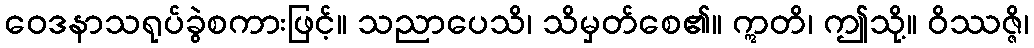
ဝေဒနာသရုပ်ခွဲစကားဖြင့်။ သညာပေသိ၊ သိမှတ်စေ၏။ ဣတိ၊ ဤသို့။ ဝိဿဇ္ဇိ၊